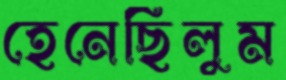
হেনেছিলুম